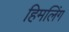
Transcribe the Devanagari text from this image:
हिमलिंग